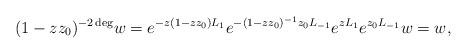
LaTeX: \begin{align*} (1-zz_0)^{-2\deg}w=e^{-z(1-zz_0)L_{1}}e^{-(1-zz_0)^{-1}z_0L_{-1}}e^{zL_{1}}e^{z_0L_{-1}}w=w,\end{align*}